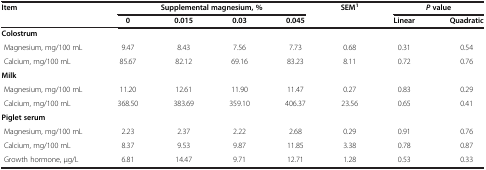
| <ROWSPAN=2> Item | <COLSPAN=4> Supplemental magnesium, % | <ROWSPAN=2> SEM1 | <COLSPAN=2> P value |
 | 0 | 0.015 | 0.03 | 0.045 | Linear | Quadratic |
 | --- | --- | --- | --- | --- | --- | --- | --- |
 | <COLSPAN=8> Colostrum |
 | Magnesium, mg/100 mL | 9.47 | 8.43 | 7.56 | 7.73 | 0.68 | 0.31 | 0.54 |
 | Calcium, mg/100 mL | 85.67 | 82.12 | 69.16 | 83.23 | 8.11 | 0.72 | 0.76 |
 | <COLSPAN=8> Milk |
 | Magnesium, mg/100 mL | 11.20 | 12.61 | 11.90 | 11.47 | 0.27 | 0.83 | 0.29 |
 | Calcium, mg/100 mL | 368.50 | 383.69 | 359.10 | 406.37 | 23.56 | 0.65 | 0.41 |
 | <COLSPAN=8> Piglet serum |
 | Magnesium, mg/100 mL | 2.23 | 2.37 | 2.22 | 2.68 | 0.29 | 0.91 | 0.76 |
 | Calcium, mg/100 mL | 8.37 | 9.53 | 9.87 | 11.85 | 3.38 | 0.78 | 0.87 |
 | Growth hormone, μg/L | 6.81 | 14.47 | 9.71 | 12.71 | 1.28 | 0.53 | 0.33 |